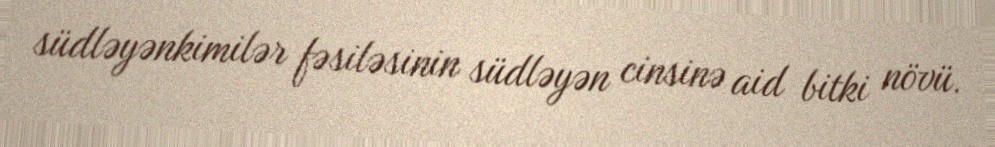
südləyənkimilər fəsiləsinin südləyən cinsinə aid bitki növü.